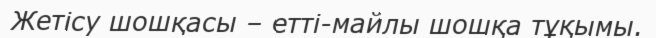
Жетісу шошқасы – етті-майлы шошқа тұқымы.